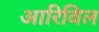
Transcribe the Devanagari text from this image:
आरिविल